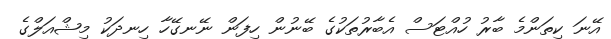
އޭނަ ކިތަންމެ ބާރު ހުއްޓަސް އެބާރުތަކުގެ ބޭނުން ހިފަން ނޭނގޭހާ ހިނދަކު މިޝްއަލްގެ